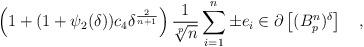
LaTeX: \begin{align*}\left(1+(1+\psi_2(\delta))c_4\delta^{\frac{2}{n+1}}\right)\frac{1}{\sqrt[p]{n}}\sum_{i=1}^n \pm e_i\in \partial \left[(B_p^n)^{\delta}\right]\quad,\end{align*}